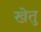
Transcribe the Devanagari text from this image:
खेतु